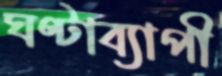
ঘণ্টাব্যাপী